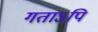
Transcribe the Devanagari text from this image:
गताऽपि